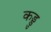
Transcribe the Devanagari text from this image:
कड्डु